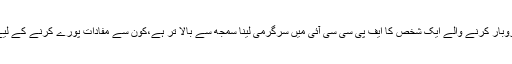
تقریب سے خطاب کرتے ہوئے ایس ایم منیر نے کہا کہ اسٹاک ایکس چینج میں کاروبار کرنے والے ایک شخص کا ایف پی سی سی آئی میں سرگرمی لینا سمجھ سے بالا تر ہے،کون سے مفادات پورے کرنے کے لیے وہ چندافرادپرمشتمل لوگوں کے ٹولے کی قیادت کرنے کا شوق پورا کررہے ہیں۔